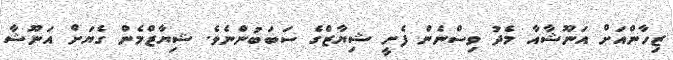
ޒިހާންއަށް އަނޫޝާއާ މެދު ވިސްނެން ފެށީ ޝިޔާޒްގެ ސަބަބުންނެވެ. ޝިޔާޒްމެން ގެޔަށް އަނޫޝާ